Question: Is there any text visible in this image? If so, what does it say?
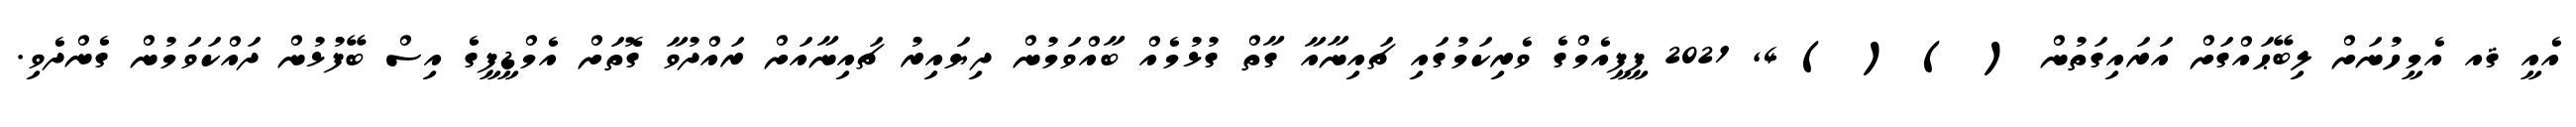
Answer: އެއީ ޤއ އެމީހުނަށް ލިބޭޙައްގަށް އަރައިގަތުން ( ) ( ) 4, 2021 ޕީޕީއެމްގެ ވެރިކަމުގައި ޗައިނާއާ ގާތް ގުޅުމެއް ބާއްވަމުން ދިޔައިރު ޗައިނާއަށް ރައްދުވާ ގޮތަށް އެމްޑީޕީގެ އިސް ބޭފުޅުން ދައްކަވަމުން ގެންދެވި.